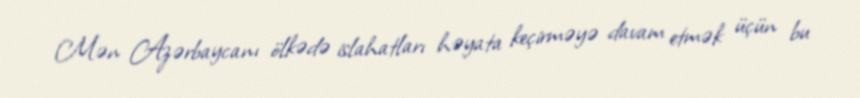
Mən Azərbaycanı ölkədə islahatları həyata keçirməyə davam etmək üçün bu